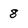
Character: 8